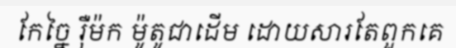
កែច្នៃ រ៉ឺម៉ក ម៉ូតូជាដើម ដោយសារតែពួកគេ